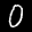
Label: 0